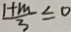
\frac { 1 + m } { 3 } \leq 0